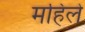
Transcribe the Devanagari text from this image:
महिले